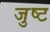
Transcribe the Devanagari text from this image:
जुष्ट